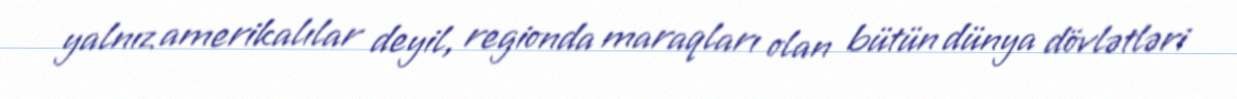
yalnız amerikalılar deyil, regionda maraqları olan bütün dünya dövlətləri